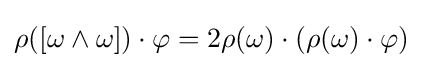
\rho ([\omega \wedge \omega ])\cdot \varphi =2\rho (\omega )\cdot (\rho (\omega )\cdot \varphi )